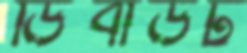
ডিবাউট